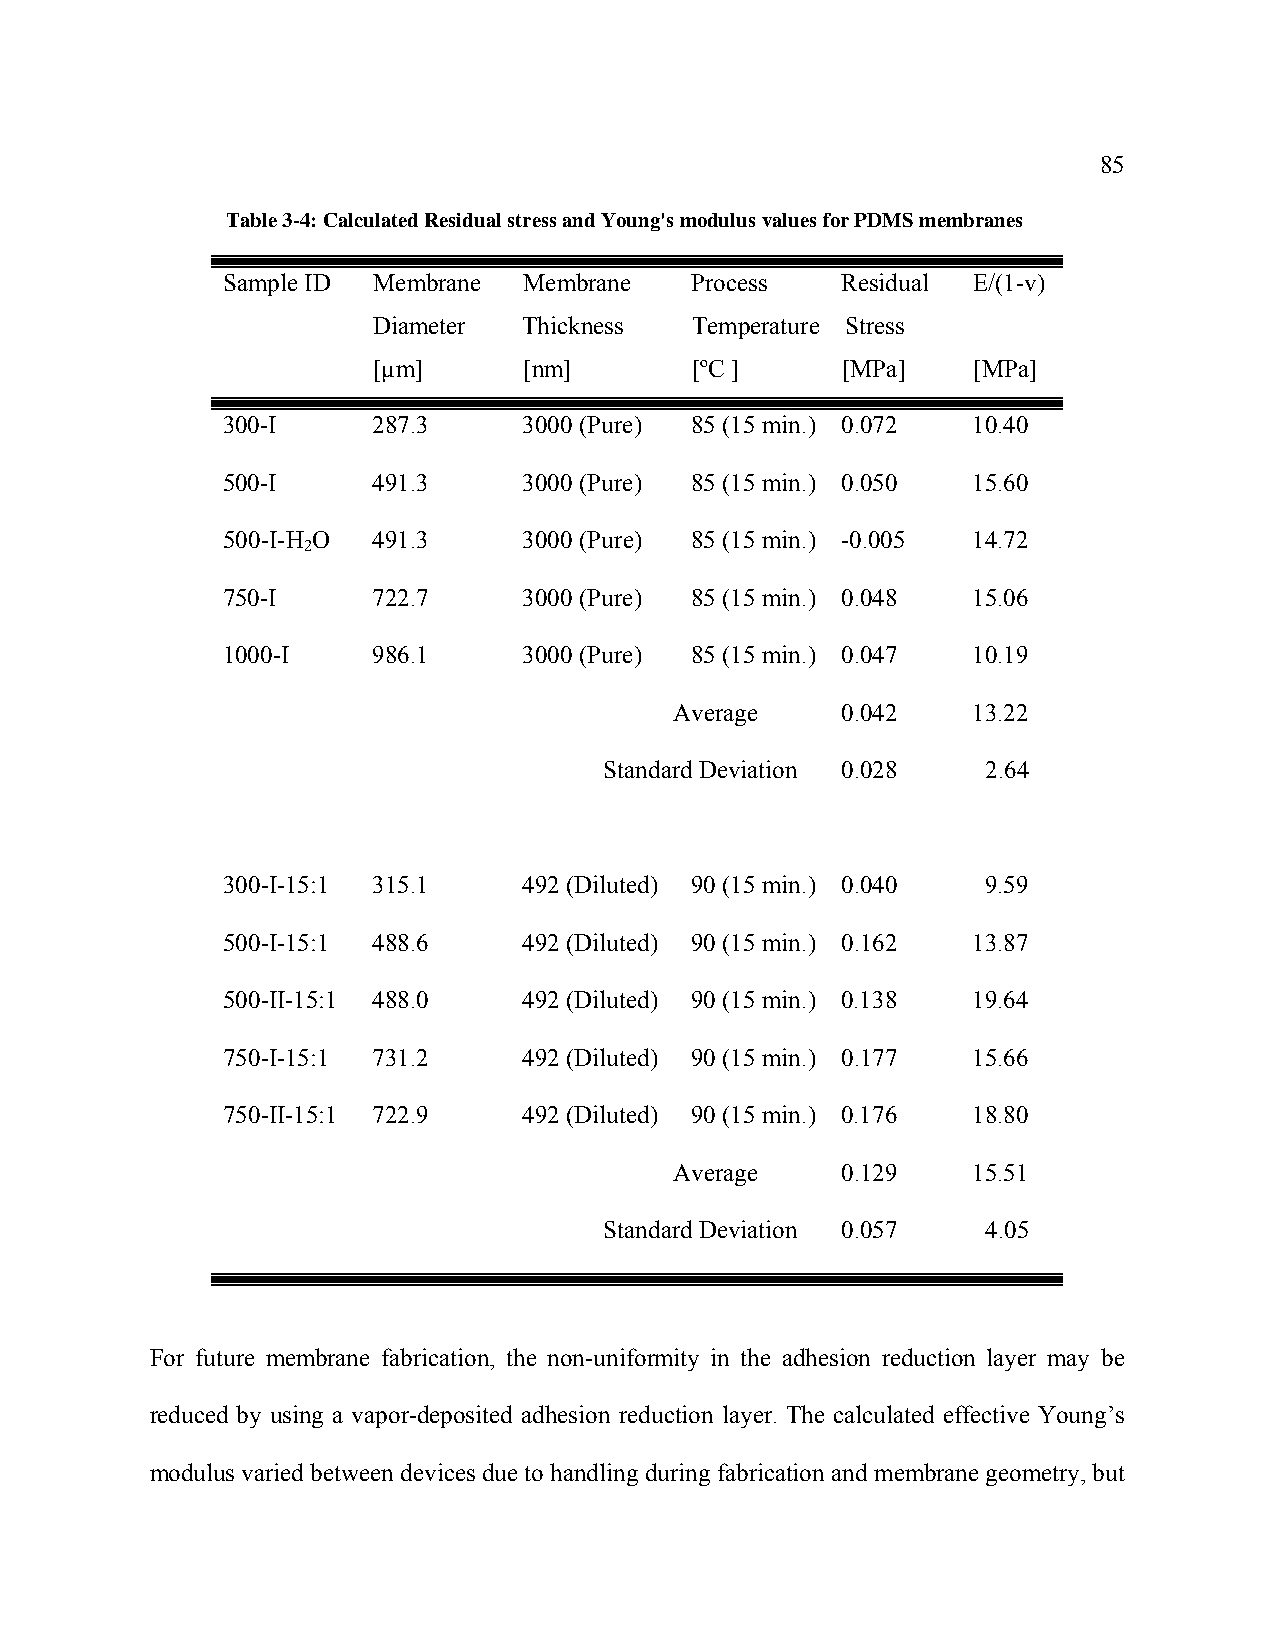
85
 Table 3-4: Calculated Residual stress and Young's modulus values for PDMS membranes
 Sample ID Membrane  Membrane   Process   Residual E/(1-v)
 Diameter  Thickness  Temperature Stress
 [µm]      [nm]       [ºC ]     [MPa]   [MPa]
 300-I     287.3     3000 (Pure) 85 (15 min.) 0.072 10.40
 500-I     491.3     3000 (Pure) 85 (15 min.) 0.050 15.60
 500-I-H O 491.3     3000 (Pure) 85 (15 min.) -0.005 14.72
 2
 750-I     722.7     3000 (Pure) 85 (15 min.) 0.048 15.06
 1000-I    986.1     3000 (Pure) 85 (15 min.) 0.047 10.19
 Average    0.042   13.22
 Standard Deviation 0.028 2.64
 300-I-15:1 315.1    492 (Diluted) 90 (15 min.) 0.040 9.59
 500-I-15:1 488.6    492 (Diluted) 90 (15 min.) 0.162 13.87
 500-II-15:1 488.0   492 (Diluted) 90 (15 min.) 0.138 19.64
 750-I-15:1 731.2    492 (Diluted) 90 (15 min.) 0.177 15.66
 750-II-15:1 722.9   492 (Diluted) 90 (15 min.) 0.176 18.80
 Average    0.129   15.51
 Standard Deviation 0.057 4.05
 For future membrane fabrication, the non-uniformity in the adhesion reduction layer may be
 reduced by using a vapor-deposited adhesion reduction layer. The calculated effective Young’s
 modulus varied between devices due to handling during fabrication and membrane geometry, but